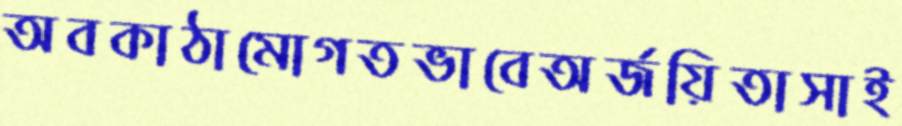
অবকাঠামোগতভাবেঅর্জয়িতাসাই